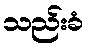
သည်းခံ